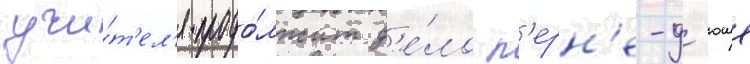
учи́т'ел'я продо́лжит д'е́ло п'ерн'е-д'юше